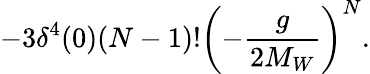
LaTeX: -3\delta^{4}(0)(N-1)!\left(-\frac{g}{2M_{W}}\right)^{N}.